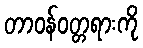
တာဝန်ဝတ္တရားကို